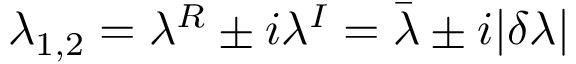
\lambda _ { 1 , 2 } = \lambda ^ { R } \pm i \lambda ^ { I } = \bar { \lambda } \pm i | \delta \lambda |